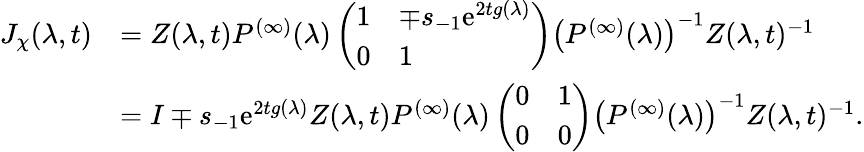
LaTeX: \begin{array}{rl}{J_{\chi}(\lambda,t)}&{=Z(\lambda,t)P^{(\infty)}(\lambda)\left(\begin{array}{ll}{1}&{\mp s_{-1}\mathrm{e}^{2tg(\lambda)}}\\ {0}&{1}\end{array}\right)\left(P^{(\infty)}(\lambda)\right)^{-1}Z(\lambda,t)^{-1}}\\ &{=I\mp s_{-1}\mathrm{e}^{2tg(\lambda)}Z(\lambda,t)P^{(\infty)}(\lambda)\left(\begin{array}{ll}{0}&{1}\\ {0}&{0}\end{array}\right)\left(P^{(\infty)}(\lambda)\right)^{-1}Z(\lambda,t)^{-1}.}\end{array}